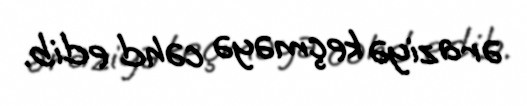
əraziyə keçməyə cəhd edib.